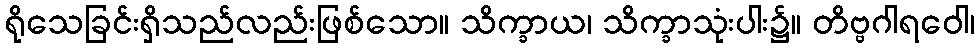
ရိုသေခြင်းရှိသည်လည်းဖြစ်သော။ သိက္ခာယ၊ သိက္ခာသုံးပါး၌။ တိဗ္ဗဂါရဝေါ၊